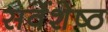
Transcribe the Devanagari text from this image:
सर्वेशेष्ठ